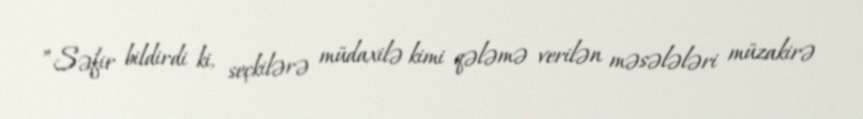
”Səfir bildirdi ki, seçkilərə müdaxilə kimi qələmə verilən məsələləri müzakirə